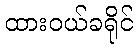
ထားဝယ်ခရိုင်